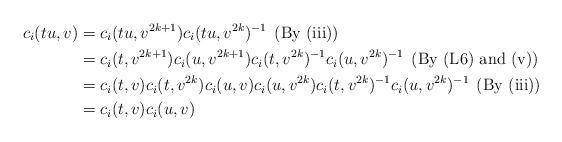
LaTeX: \begin{align*} c_i(tu,v) & = c_i(tu,v^{2k+1})c_i(tu,v^{2k})^{-1}\:\:\mbox{(By (iii))} \\ & = c_i(t,v^{2k+1})c_i(u,v^{2k+1})c_i(t,v^{2k})^{-1}c_i(u,v^{2k})^{-1}\:\:\mbox{(By (L6) and (v))}\\ & = c_i(t,v)c_i(t,v^{2k})c_i(u,v)c_i(u,v^{2k})c_i(t,v^{2k})^{-1}c_i(u,v^{2k})^{-1}\:\:\mbox{(By (iii))}\\ & = c_i(t,v)c_i(u,v)\end{align*}